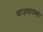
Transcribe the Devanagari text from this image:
वाजवायचा